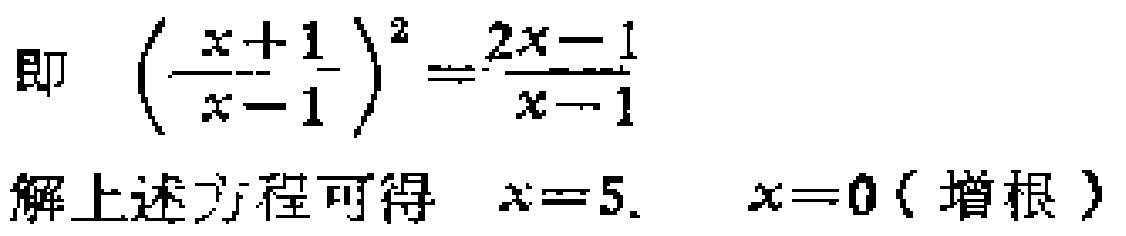
即 \(\left(\frac{x + 1}{x - 1}\right)^{2}=\frac{2x - 1}{x - 1}\)
解上述方程可得 \(x = 5.\) \(x = 0\)（增根）